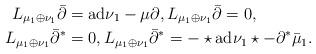
LaTeX: \begin{align*} L _{\mu_1\oplus\nu_1}\bar\partial&=\textnormal{ad}{\nu_1}-\mu\partial, L_{\mu_1\oplus\nu_1}\bar\partial=0,\\ L_{\mu_1\oplus\nu_1}\bar\partial^*&=0,L_{\mu_1\oplus\nu_1}\bar\partial^*=-\star\textnormal{ad}\nu_1\star -\partial^* \bar\mu_1. \end{align*}